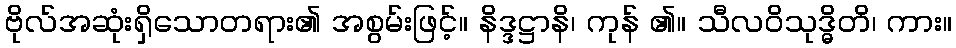
ဗိုလ်အဆုံးရှိသောတရား၏ အစွမ်းဖြင့်။ နိဒ္ဒဋ္ဌာနိ၊ ကုန် ၏။ သီလဝိသုဒ္ဓိတိ၊ ကား။